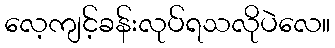
လေ့ကျင့်ခန်းလုပ်ရသလိုပဲလေ။